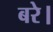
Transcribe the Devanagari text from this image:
बरे।